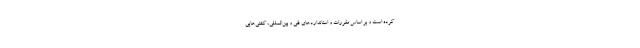
کرده است و بر اساس مقررات و استانداردهای فنی و بین‌المللی، کشتی‌هایی